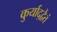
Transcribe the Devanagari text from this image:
कुर्याद्द्वैतं